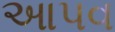
આપવ